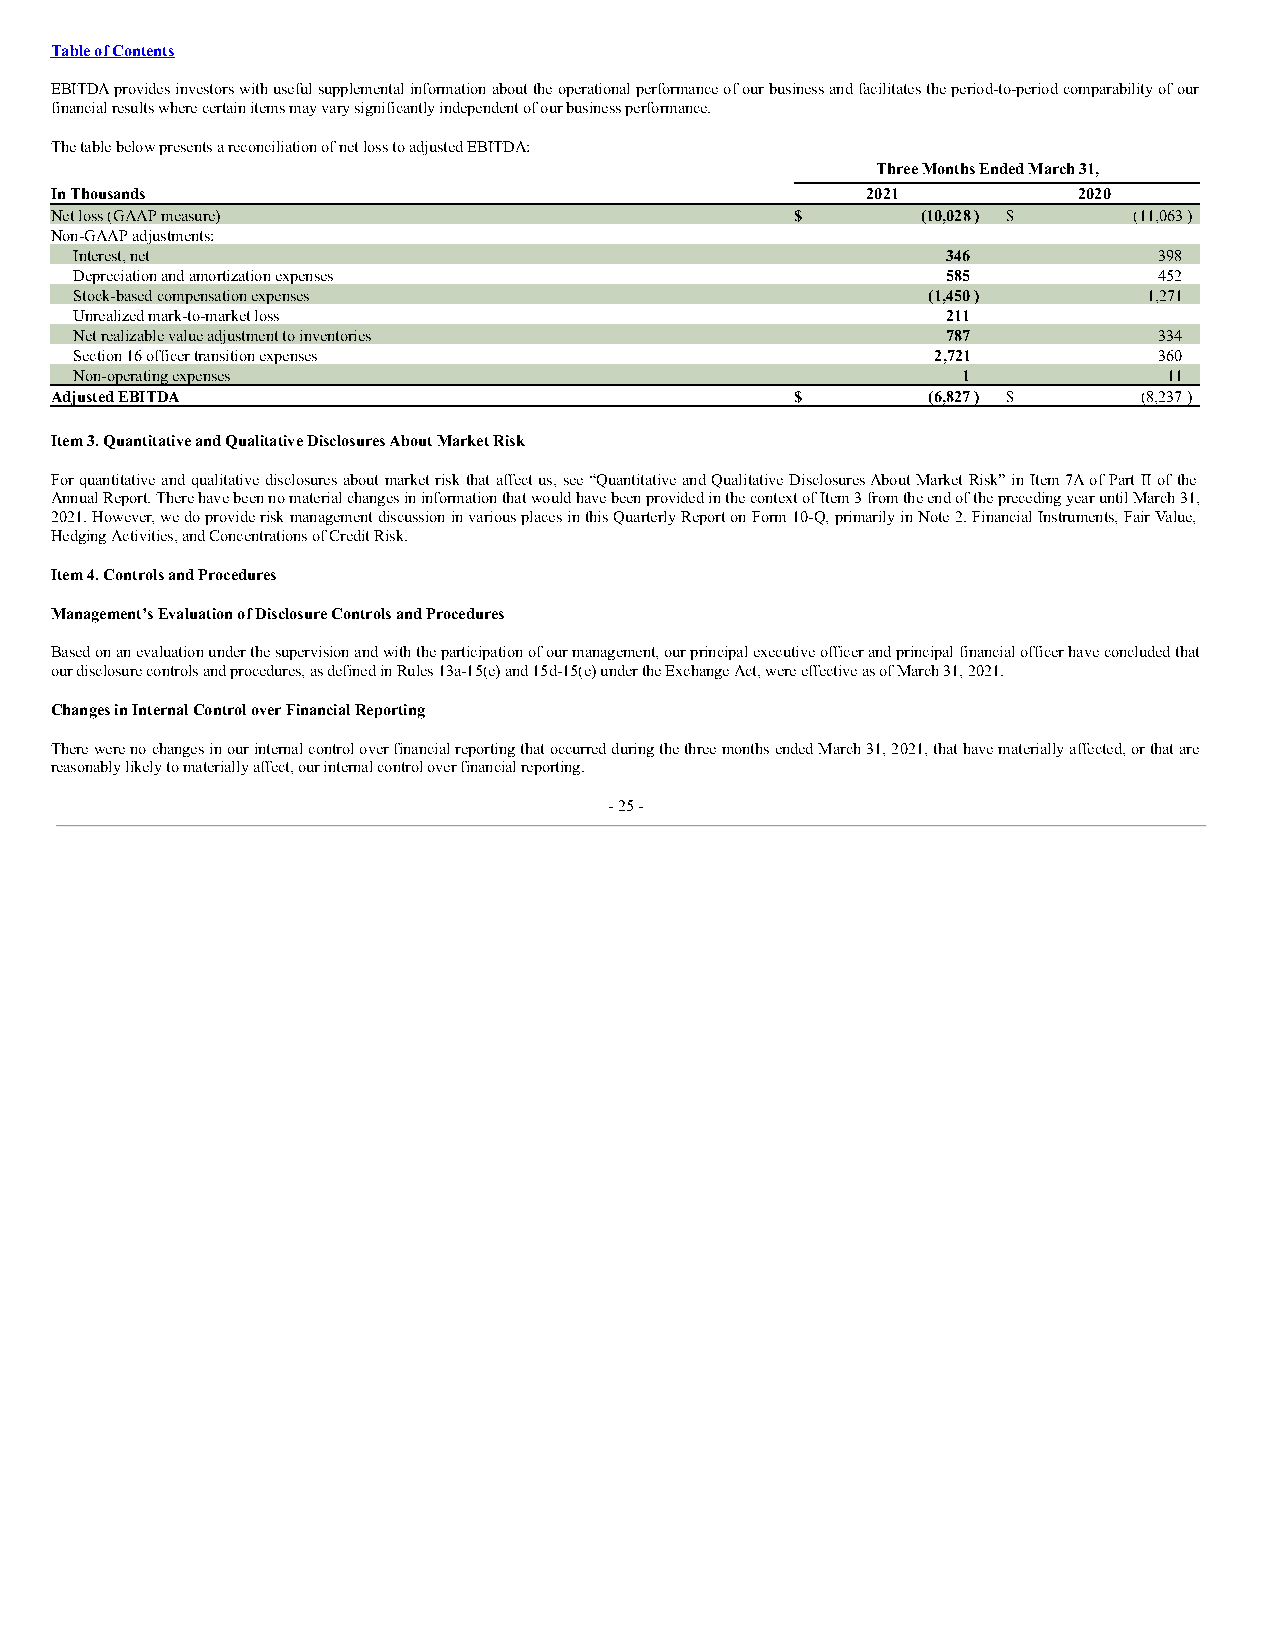
Table of Contents
 EBITDA provides investors with useful supplemental information about the operational performance of our business and facilitates the period-to-period comparability of our
 financial results where certain items may vary significantly independent of our business performance.
 The table below presents a reconciliation of net loss to adjusted EBITDA:
 Three Months Ended March 31,
 In Thousands                                          2021          2020
 Net loss (GAAP measure)                           $       (10,028) $    (11,063)
 Non-GAAP adjustments:
 Interest, net                                             346           398
 Depreciation and amortization expenses                    585           452
 Stock-based compensation expenses                       (1,450)        1,271
 Unrealized mark-to-market loss                            211           —
 Net realizable value adjustment to inventories            787           334
 Section 16 officer transition expenses                   2,721          360
 Non-operating expenses                                     1            11
 Adjusted EBITDA                                   $       (6,827) $      (8,237)
 Item 3. Quantitative and Qualitative Disclosures About Market Risk
 For quantitative and qualitative disclosures about market risk that affect us, see “Quantitative and Qualitative Disclosures About Market Risk” in Item 7A of Part II of the
 Annual Report. There have been no material changes in information that would have been provided in the context of Item 3 from the end of the preceding year until March 31,
 2021. However, we do provide risk management discussion in various places in this Quarterly Report on Form 10-Q, primarily in Note 2. Financial Instruments, Fair Value,
 Hedging Activities, and Concentrations of Credit Risk.
 Item 4. Controls and Procedures
 Management’s Evaluation of Disclosure Controls and Procedures
 Based on an evaluation under the supervision and with the participation of our management, our principal executive officer and principal financial officer have concluded that
 our disclosure controls and procedures, as defined in Rules 13a-15(e) and 15d-15(e) under the Exchange Act, were effective as of March 31, 2021.
 Changes in Internal Control over Financial Reporting
 There were no changes in our internal control over financial reporting that occurred during the three months ended March 31, 2021, that have materially affected, or that are
 reasonably likely to materially affect, our internal control over financial reporting.
 - 25 -